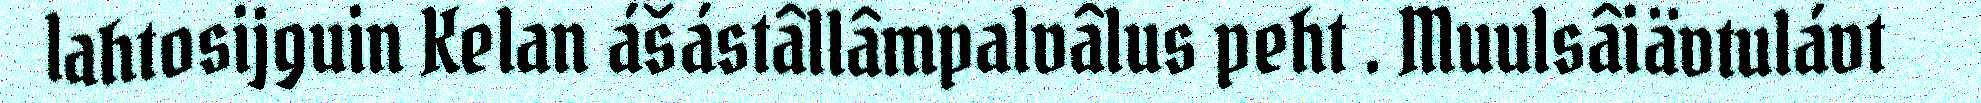
lahtosijguin Kelan ášástâllâmpalvâlus peht . Muulsâiävtulávt